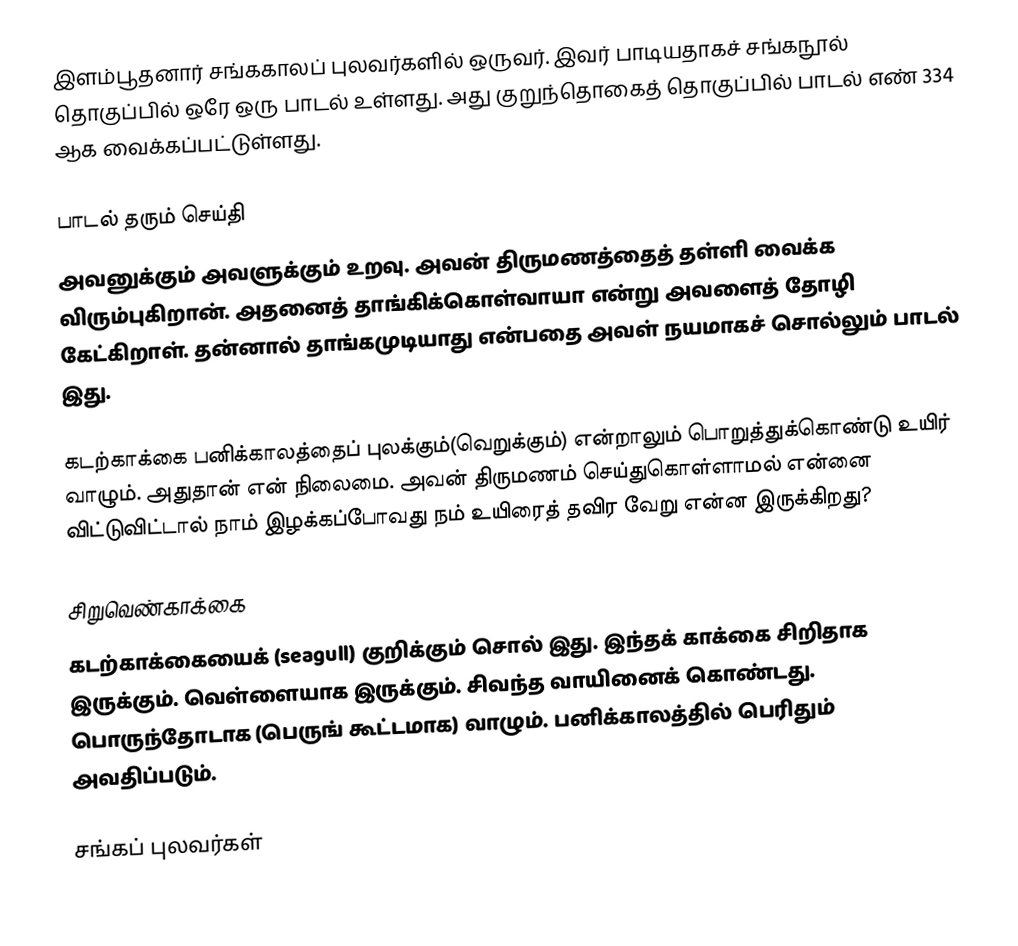
இளம்பூதனார் சங்ககாலப் புலவர்களில் ஒருவர். இவர் பாடியதாகச் சங்கநூல் தொகுப்பில் ஒரே ஒரு பாடல் உள்ளது. அது குறுந்தொகைத் தொகுப்பில் பாடல் எண் 334 ஆக வைக்கப்பட்டுள்ளது.

பாடல் தரும் செய்தி
அவனுக்கும் அவளுக்கும் உறவு. அவன் திருமணத்தைத் தள்ளி வைக்க விரும்புகிறான். அதனைத் தாங்கிக்கொள்வாயா என்று அவளைத் தோழி கேட்கிறாள். தன்னால் தாங்கமுடியாது என்பதை அவள் நயமாகச் சொல்லும் பாடல் இது.

கடற்காக்கை பனிக்காலத்தைப் புலக்கும்(வெறுக்கும்) என்றாலும் பொறுத்துக்கொண்டு உயிர் வாழும். அதுதான் என் நிலைமை. அவன் திருமணம் செய்துகொள்ளாமல் என்னை விட்டுவிட்டால் நாம் இழக்கப்போவது நம் உயிரைத் தவிர வேறு என்ன இருக்கிறது?

சிறுவெண்காக்கை
கடற்காக்கையைக் (seagull) குறிக்கும் சொல் இது. இந்தக் காக்கை சிறிதாக இருக்கும். வெள்ளையாக இருக்கும். சிவந்த வாயினைக் கொண்டது. பொருந்தோடாக (பெருங் கூட்டமாக) வாழும். பனிக்காலத்தில் பெரிதும் அவதிப்படும்.

சங்கப் புலவர்கள்